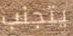
يتجنب